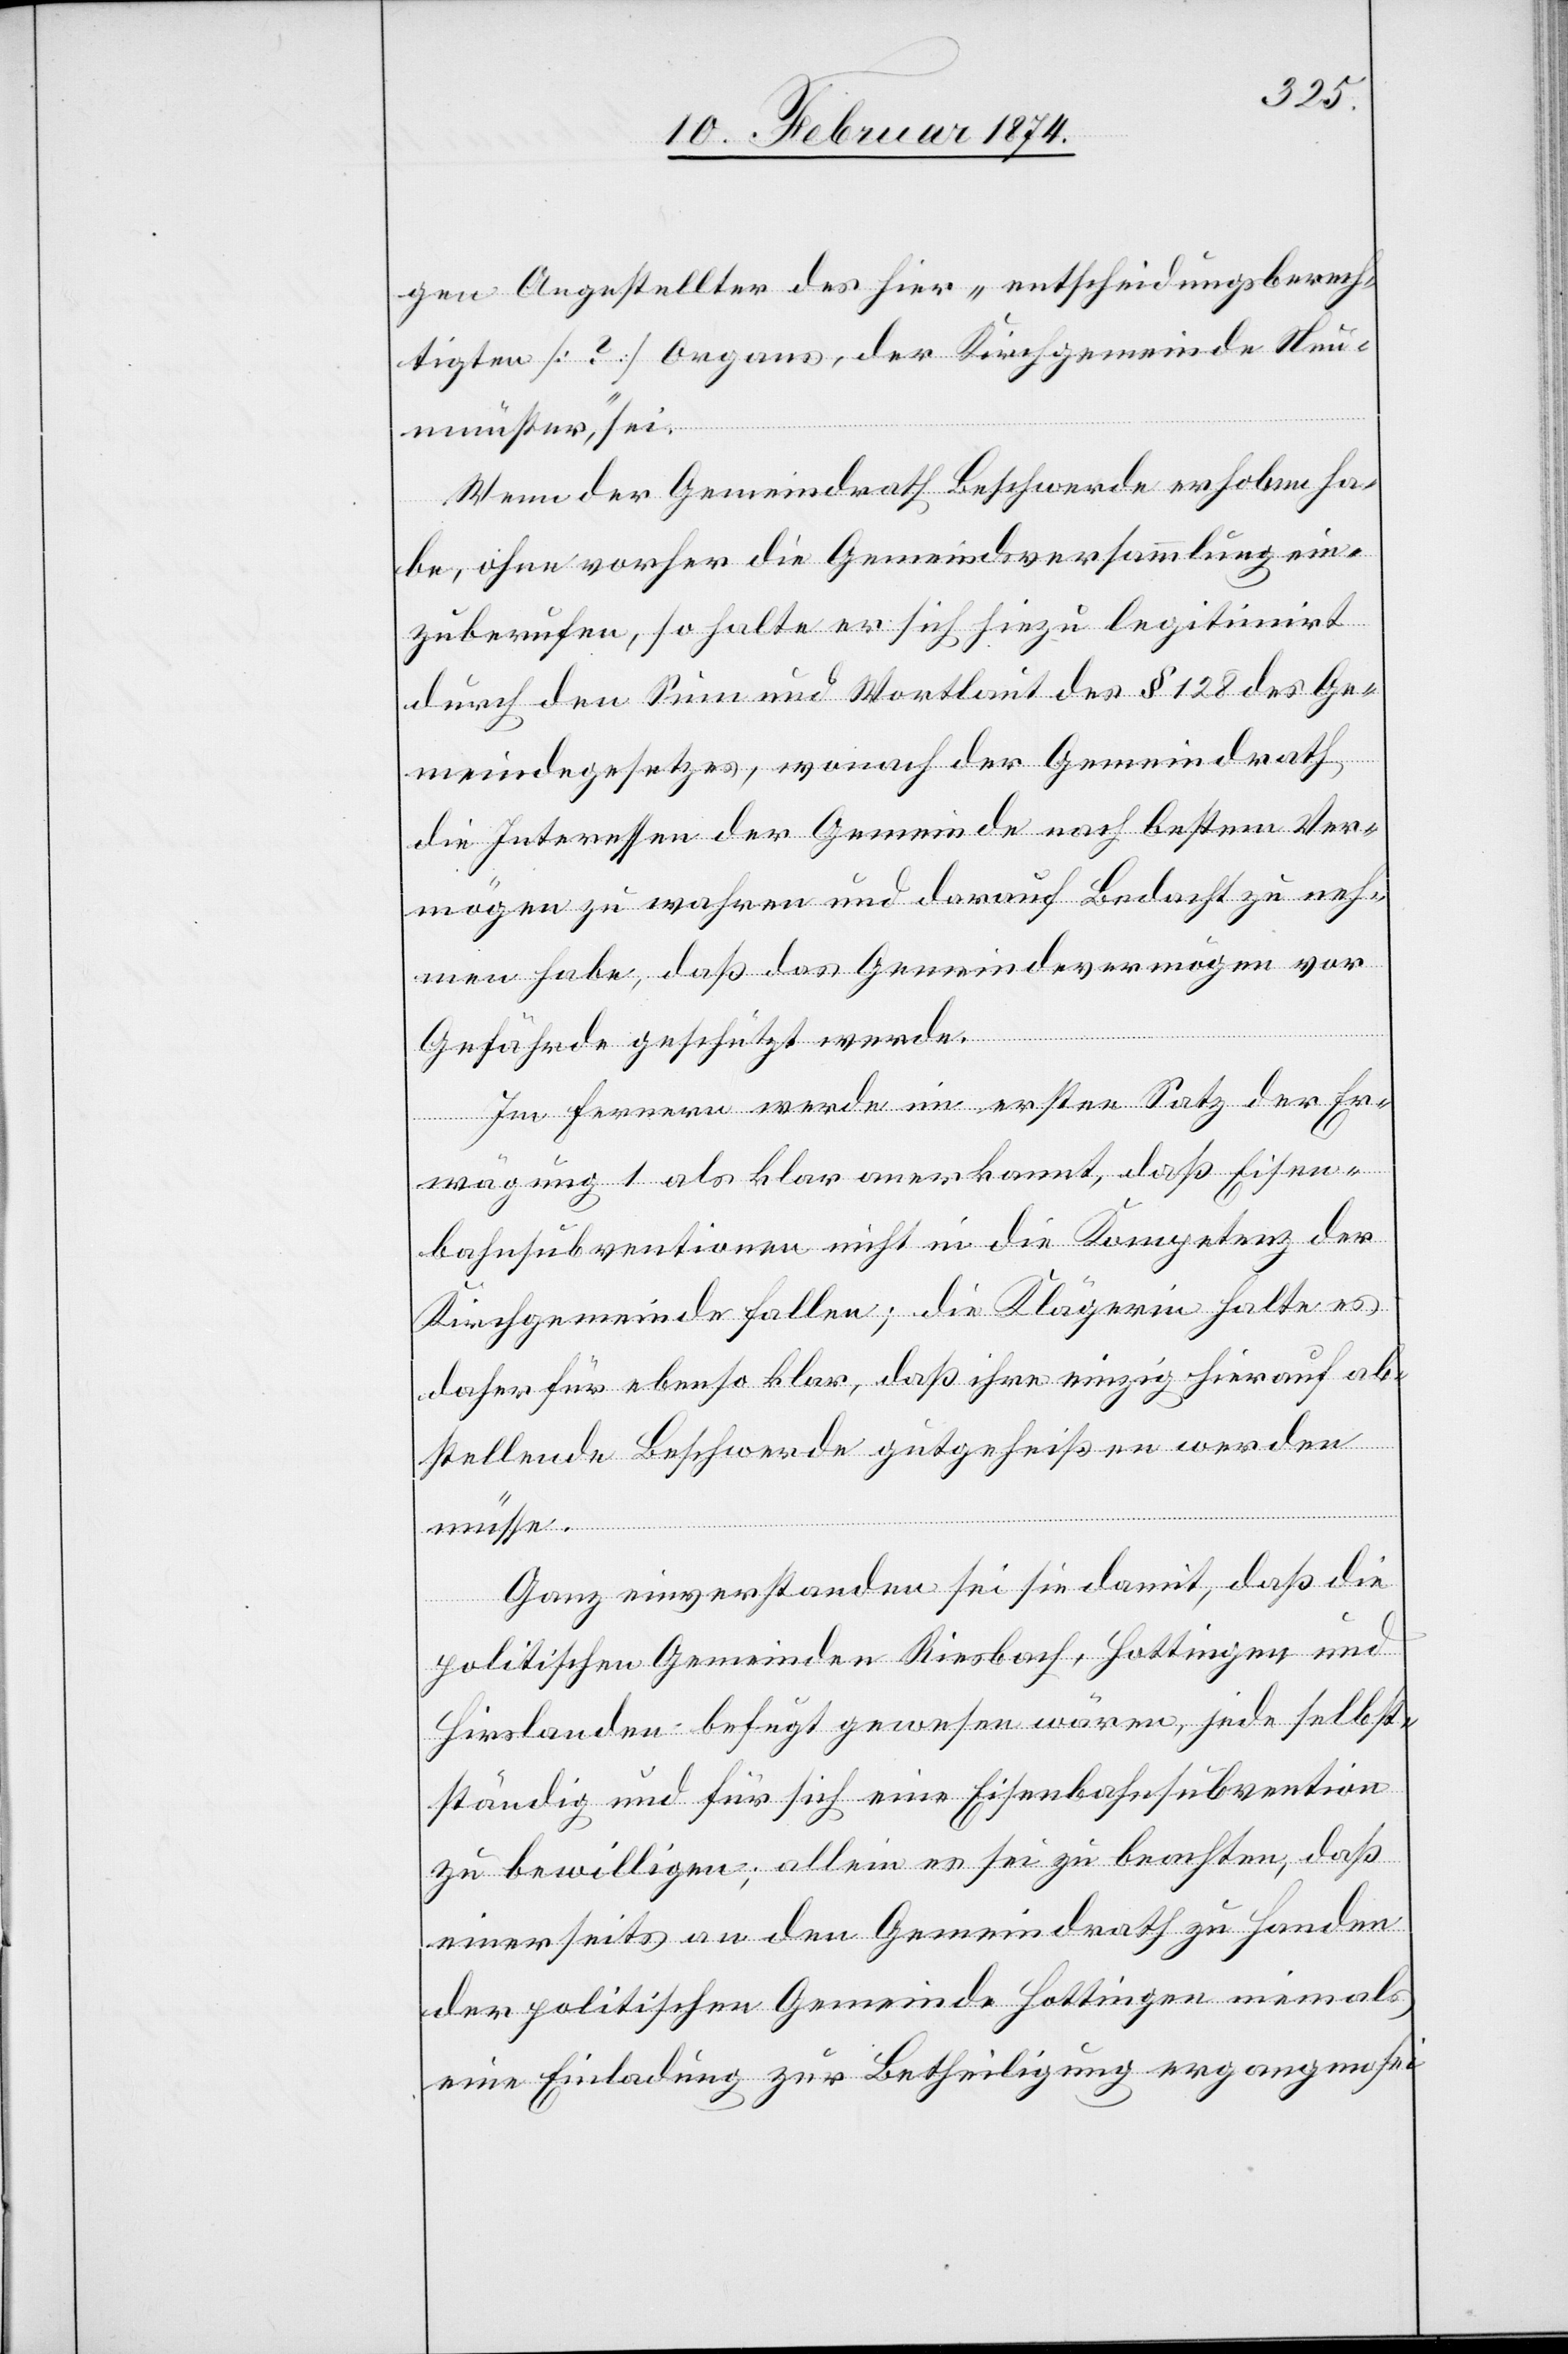
gen Angestellter des hier „entscheidungsberech¬
tigten [?] Organs, der Kirchgemeinde Neu¬
münster“, sei.
Wenn der Gemeindrath Beschwerde erhoben ha¬
be, ohne vorher die Gemeindsversammlung ein¬
zuberufen, so halte er sich hiezu legitimirt
durch den Sinn und Wortlaut des § 128 des Ge¬
meindegesetzes, wonach der Gemeindrath
die Interessen der Gemeinde nach bestem Ver¬
mögen zu wahren und darauf Bedacht zu neh¬
men habe, daß das Gemeindevermögen vor
Gefährde geschützt werde.
Im Fernern werde im ersten Satz der Er¬
wägung 1 als klar anerkannt, daß Eisen¬
bahnsubventionen nicht in die Kompetenz der
Kirchgemeinde fallen; die Klägerin halte es
daher für ebenso klar, daß ihre einzig hierauf ab¬
stellende Beschwerde gutgeheißen werden
müsse.
Ganz einverstanden sei sie damit, daß die
politischen Gemeinden Riesbach, Hottingen und
Hirslanden befugt gewesen wären, jede selbst¬
ständig und für sich eine Eisenbahnsubvention
zu bewilligen, allein es sei zu beachten, daß
einerseits an den Gemeindrath zu Handen
der politischen Gemeinde Hottingen niemals
eine Einladung zur Betheiligung ergangen sei